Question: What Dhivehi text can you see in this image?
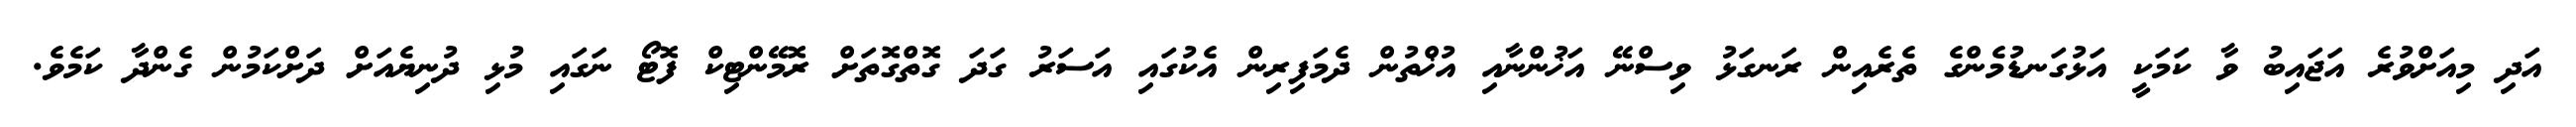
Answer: އަދި މިއަށްވުރެ އަޖައިބު ވާ ކަމަކީ އަޅުގަނޑުމެންގެ ތެރެއިން ރަނގަޅު ވިސްނޭ އަޚުންނާއި އުޚްތުން ދެމަފިރިން އެކުގައި އަސަރު ގަދަ ގޮތްގޮތަށް ރޮމޭންޓިކް ފޮޓޯ ނަގައި މުޅި ދުނިޔެއަށް ދަށްކަމުން ގެންދާ ކަމެވެ.